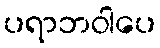
ပရာဘဝါပေ